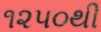
૧૨૫૦થી